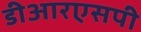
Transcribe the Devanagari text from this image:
डीआरएसपी